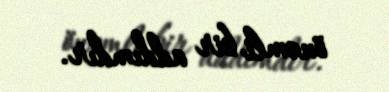
önəmli bir addımdır.